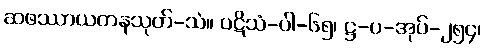
ဆဖဿာယတနသုတ်-သံ။ ပဋိသံ-ပါ-၆၅၊ ဋ္ဌ-ပ-အုပ်-၂၅၄၊